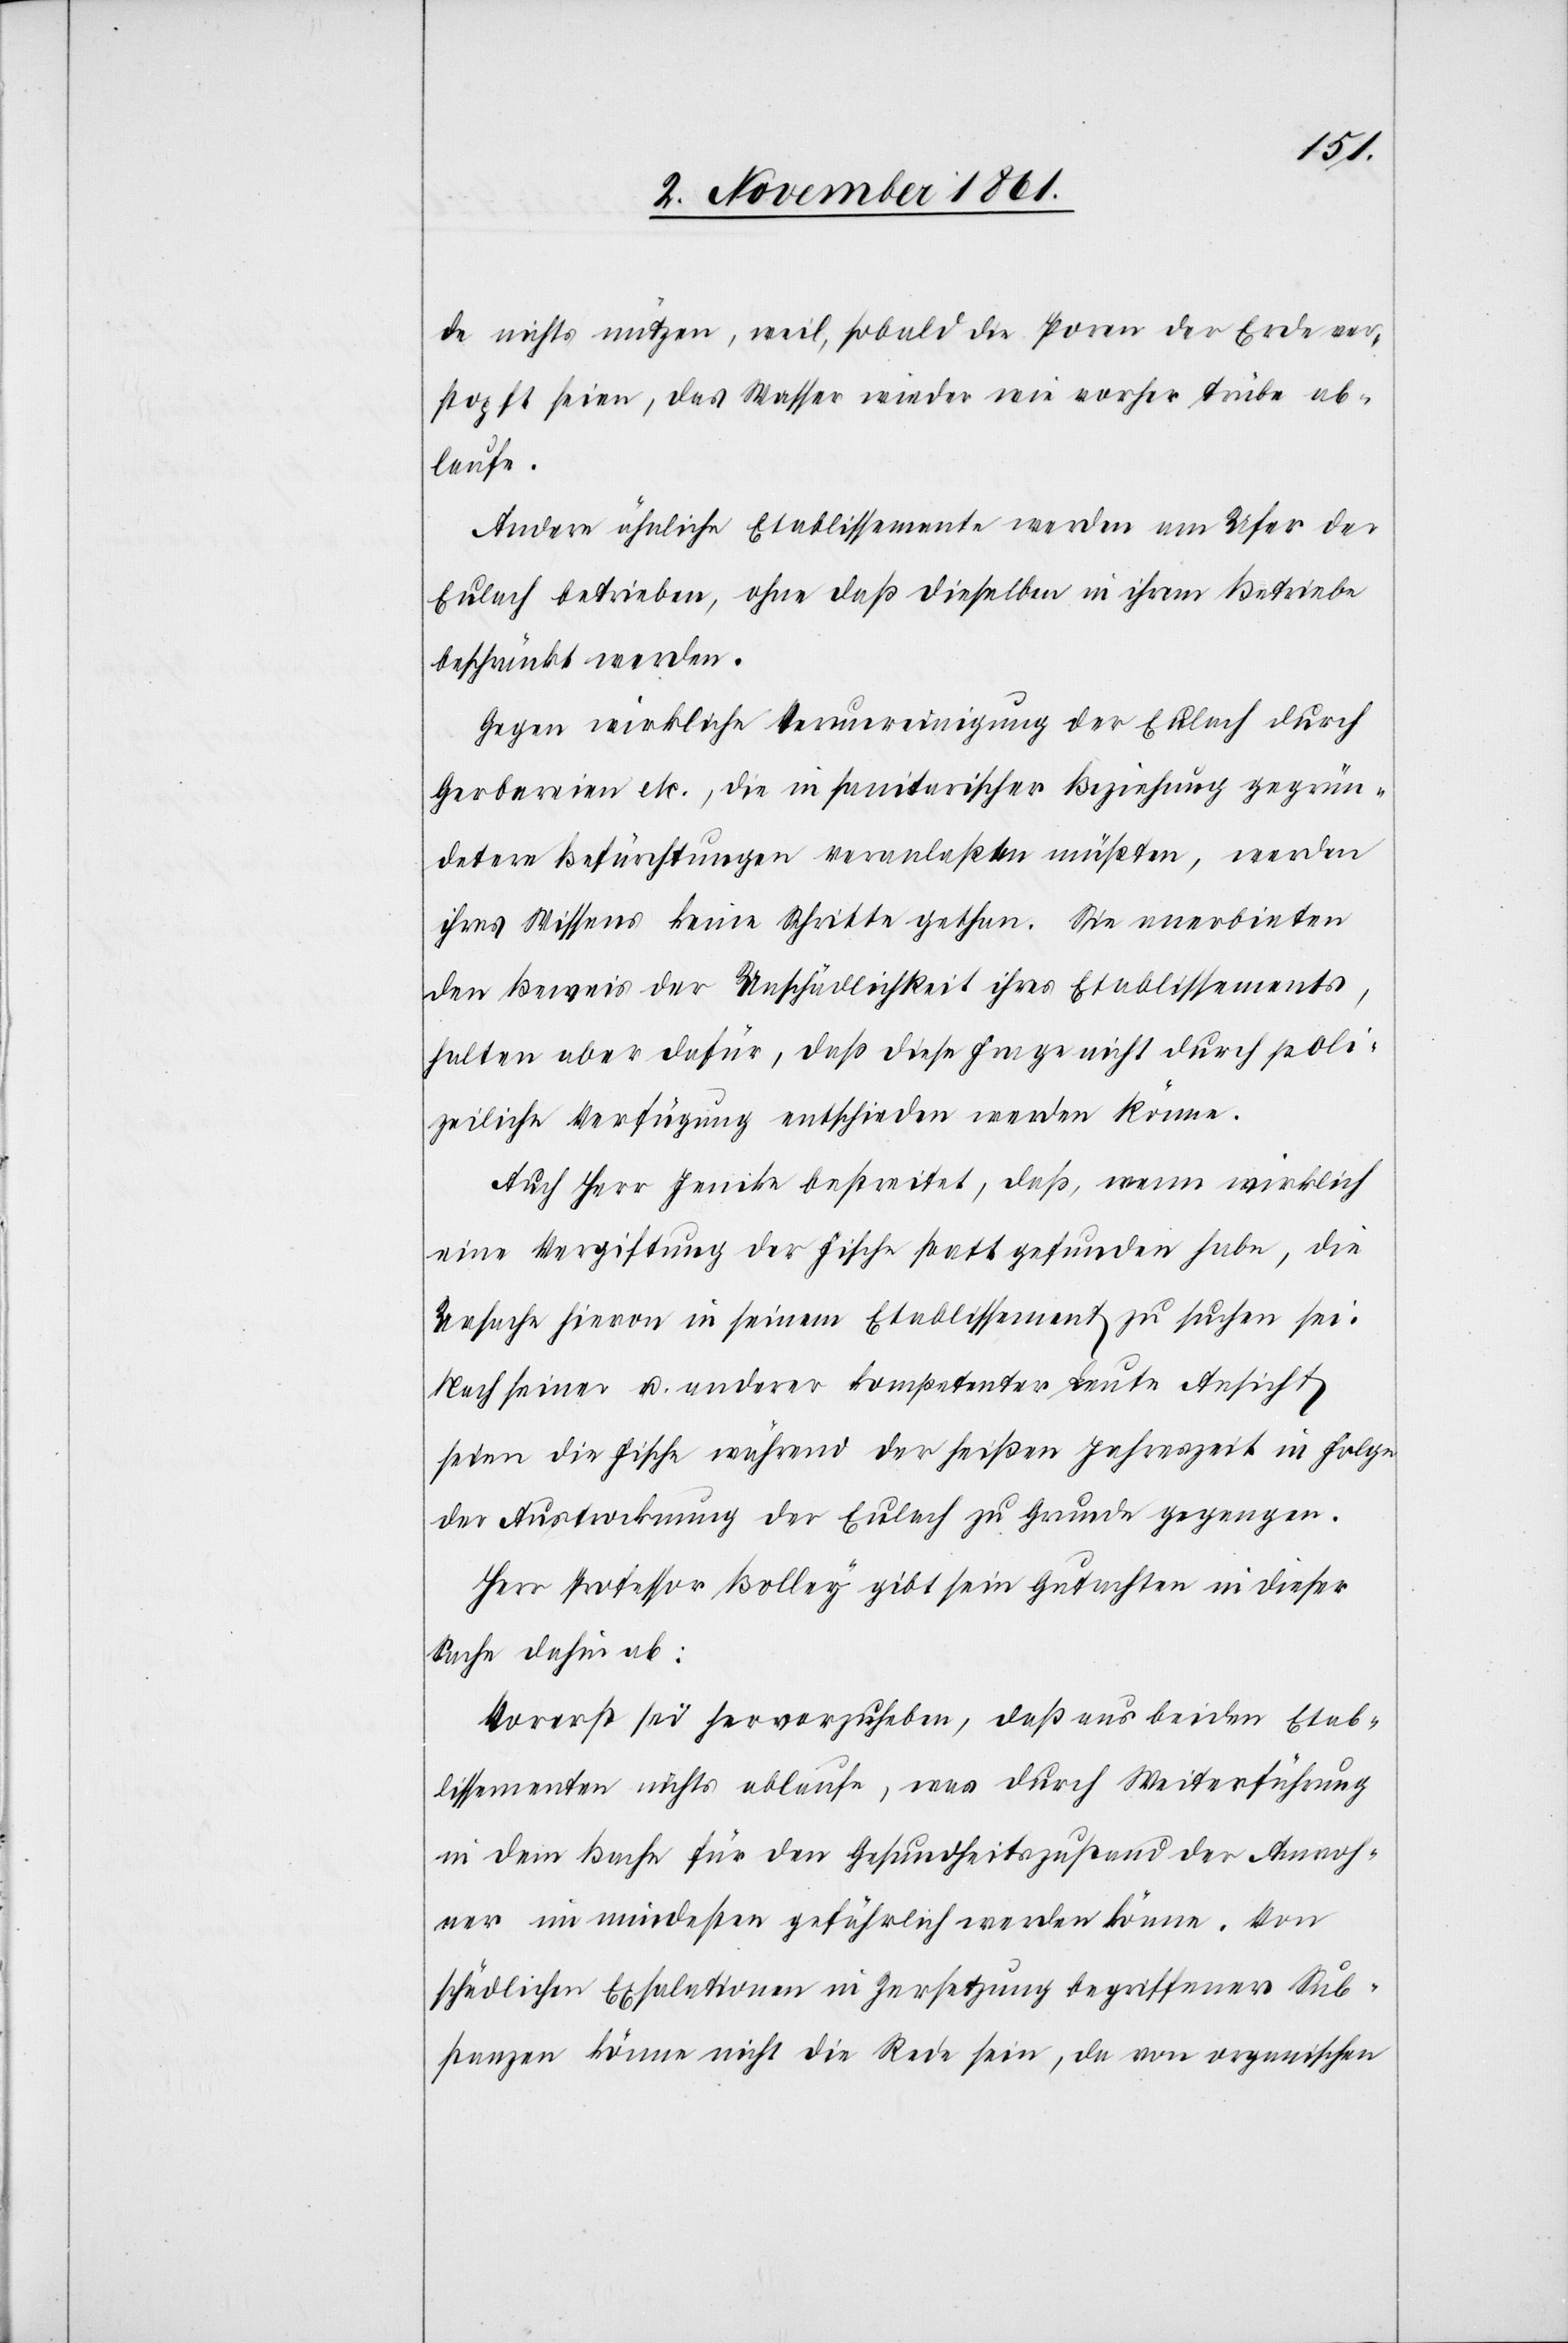
de nichts nützen, weil, sobald die Poren der Erde ver¬
stopft seien, das Wasser wieder wie vorher trübe ab¬
laufe.
Andere ähnliche Etablissemente werden am Ufer der
Eulach betrieben, ohne daß dieselben in ihrem Betriebe
beschränkt werden.
Gegen wirkliche Verunreinigung der Eulach durch
Gerbereien etc., die in sanitarischer Beziehung gegrün¬
dete Befürchtungen veranlaßen müßten, werden
ihres Wissens keine Schritte gethan. Sie anerbieten
den Beweis der Unschädlichkeit ihres Etablissements,
halten aber dafür, daß diese Frage nicht durch poli¬
zeiliche Verfügung entschieden werden könne.
Auch Herr Jenike bestreitet, daß, wenn wirklich
eine Vergiftung der Fische statt gefunden habe, die
Ursache hievon in seinem Etablissement zu suchen sei.
Nach seinen u. anderer kompetenter Leute Ansicht
seien die Fische während der heißen Jahreszeit in Folge
der Austrocknung der Eulach zu Grunde gegangen.
Herr Professor Bolley gibt sein Gutachten in dieser
Sache dafür ab:
Vorerst sei hervorzuheben, daß aus beiden Etab¬
lissementen nichts ablaufe, was durch Weiterführung
in dem Bache für den Gesundheitszustand der Anwoh¬
ner im mindesten gefährlich werden könne. Von
schädlichen Exhalationen in Zersetzung begriffener Sub¬
stanzen könne nicht die Rede sein, da von organischen